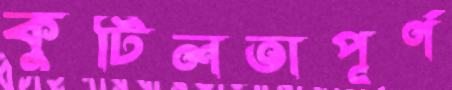
কুটিলতাপূর্ণ